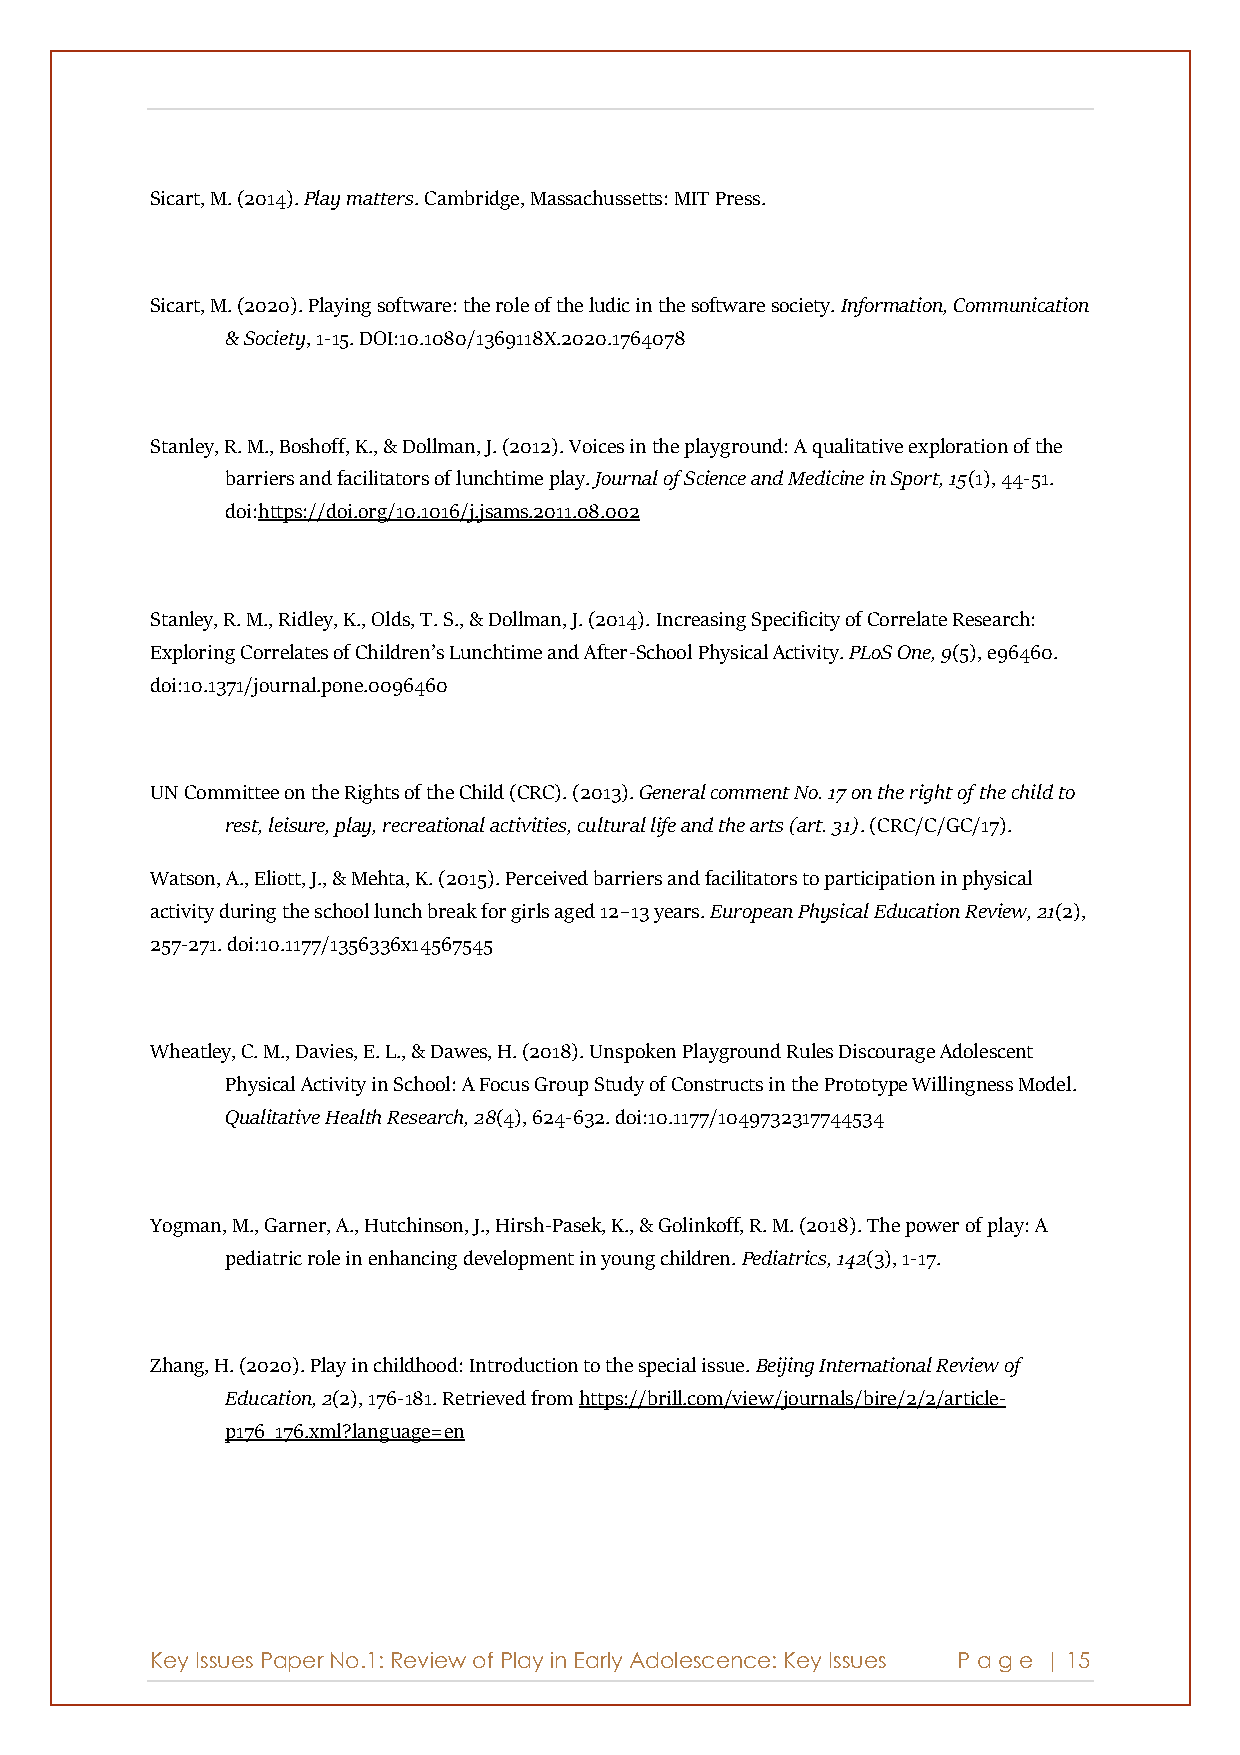
Sicart, M. (2014). Play matters. Cambridge, Massachussetts: MIT Press.
 Sicart, M. (2020). Playing software: the role of the ludic in the software society. Information, Communication
 & Society, 1-15. DOI:10.1080/1369118X.2020.1764078
 Stanley, R. M., Boshoff, K., & Dollman, J. (2012). Voices in the playground: A qualitative exploration of the
 barriers and facilitators of lunchtime play. Journal of Science and Medicine in Sport, 15(1), 44-51.
 doi:https://doi.org/10.1016/j.jsams.2011.08.002
 Stanley, R. M., Ridley, K., Olds, T. S., & Dollman, J. (2014). Increasing Specificity of Correlate Research:
 Exploring Correlates of Children’s Lunchtime and After-School Physical Activity. PLoS One, 9(5), e96460.
 doi:10.1371/journal.pone.0096460
 UN Committee on the Rights of the Child (CRC). (2013). General comment No. 17 on the right of the child to
 rest, leisure, play, recreational activities, cultural life and the arts (art. 31). (CRC/C/GC/17).
 Watson, A., Eliott, J., & Mehta, K. (2015). Perceived barriers and facilitators to participation in physical
 activity during the school lunch break for girls aged 12–13 years. European Physical Education Review, 21(2),
 257-271. doi:10.1177/1356336x14567545
 Wheatley, C. M., Davies, E. L., & Dawes, H. (2018). Unspoken Playground Rules Discourage Adolescent
 Physical Activity in School: A Focus Group Study of Constructs in the Prototype Willingness Model.
 Qualitative Health Research, 28(4), 624-632. doi:10.1177/1049732317744534
 Yogman, M., Garner, A., Hutchinson, J., Hirsh-Pasek, K., & Golinkoff, R. M. (2018). The power of play: A
 pediatric role in enhancing development in young children. Pediatrics, 142(3), 1-17.
 Zhang, H. (2020). Play in childhood: Introduction to the special issue. Beijing International Review of
 Education, 2(2), 176-181. Retrieved from https://brill.com/view/journals/bire/2/2/article-
 p176_176.xml?language=en
 Key Issues Paper No.1: Review of Play in Early Adolescence: Key Issues P age | 15